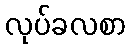
လုပ်ခလစာ